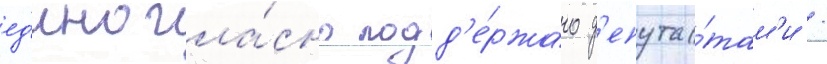
ед'иногла́сно подд'е́ржано д'епута́там'и /